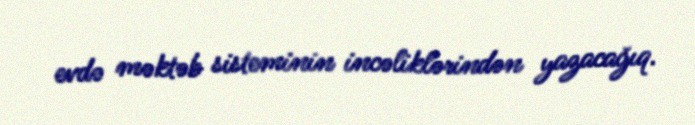
evdə məktəb sisteminin incəliklərindən yazacağıq.